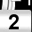
Digit: 2